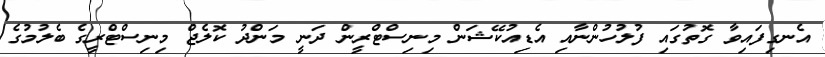
އެނގިފައިވާ ގޮތުގައި ފުލުހުންނާއި އެޑިއުކޭޝަން މިނިސްޓްރީން ދަނީ މަންދު ކޮލެޖް މިނިސްޓްރީގެ ބެލުމުގެ